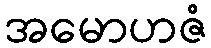
အမောဟဇံ